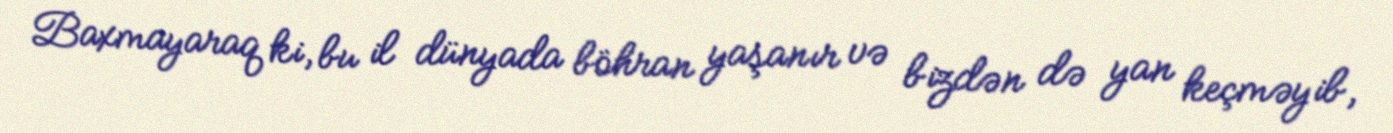
Baxmayaraq ki, bu il dünyada böhran yaşanır və bizdən də yan keçməyib,